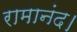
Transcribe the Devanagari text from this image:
रामानंद।